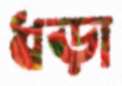
ধড়া